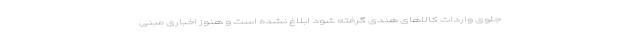
جلوی واردات کالاهای هندی گرفته شود ابلاغ نشده است و هنوز اخباری مبنی